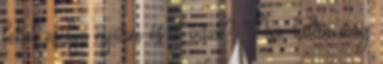
lehet esélye nyerni és őt viszi? Na, talán még